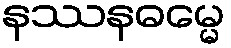
နဿနဓမ္မေ